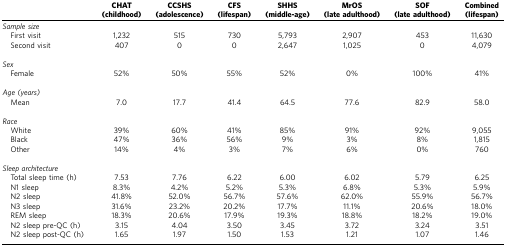
<table><thead><tr><td><b> </b></td><td><b>CHAT (childhood)</b></td><td><b>CCSHS (adolescence)</b></td><td><b>CFS (lifespan)</b></td><td><b>SHHS (middle-age)</b></td><td><b>MrOS (late adulthood)</b></td><td><b>SOF (late adulthood)</b></td><td><b>Combined (lifespan)</b></td></tr></thead><tbody><tr><td colspan="8"><i>Sample size</i></td></tr><tr><td> First visit</td><td>1,232</td><td>515</td><td>730</td><td>5,793</td><td>2,907</td><td>453</td><td>11,630</td></tr><tr><td> Second visit</td><td>407</td><td>0</td><td>0</td><td>2,647</td><td>1,025</td><td>0</td><td>4,079</td></tr><tr><td> </td><td> </td><td> </td><td> </td><td> </td><td> </td><td> </td><td> </td></tr><tr><td colspan="8"><i>Sex</i></td></tr><tr><td> Female</td><td>52%</td><td>50%</td><td>55%</td><td>52%</td><td>0%</td><td>100%</td><td>41%</td></tr><tr><td> </td><td> </td><td> </td><td> </td><td> </td><td> </td><td> </td><td> </td></tr><tr><td colspan="8"><i>Age (years)</i></td></tr><tr><td> Mean</td><td>7.0</td><td>17.7</td><td>41.4</td><td>64.5</td><td>77.6</td><td>82.9</td><td>58.0</td></tr><tr><td> </td><td> </td><td> </td><td> </td><td> </td><td> </td><td> </td><td> </td></tr><tr><td colspan="8"><i>Race</i></td></tr><tr><td> White</td><td>39%</td><td>60%</td><td>41%</td><td>85%</td><td>91%</td><td>92%</td><td>9,055</td></tr><tr><td> Black</td><td>47%</td><td>36%</td><td>56%</td><td>9%</td><td>3%</td><td>8%</td><td>1,815</td></tr><tr><td> Other</td><td>14%</td><td>4%</td><td>3%</td><td>7%</td><td>6%</td><td>0%</td><td>760</td></tr><tr><td> </td><td> </td><td> </td><td> </td><td> </td><td> </td><td> </td><td> </td></tr><tr><td colspan="8"><i>Sleep architecture</i></td></tr><tr><td> Total sleep time (h)</td><td>7.53</td><td>7.76</td><td>6.22</td><td>6.00</td><td>6.02</td><td>5.79</td><td>6.25</td></tr><tr><td> N1 sleep</td><td>8.3%</td><td>4.2%</td><td>5.2%</td><td>5.3%</td><td>6.8%</td><td>5.3%</td><td>5.9%</td></tr><tr><td> N2 sleep</td><td>41.8%</td><td>52.0%</td><td>56.7%</td><td>57.6%</td><td>62.0%</td><td>55.9%</td><td>56.7%</td></tr><tr><td> N3 sleep</td><td>31.6%</td><td>23.2%</td><td>20.2%</td><td>17.7%</td><td>11.1%</td><td>20.6%</td><td>18.0%</td></tr><tr><td> REM sleep</td><td>18.3%</td><td>20.6%</td><td>17.9%</td><td>19.3%</td><td>18.8%</td><td>18.2%</td><td>19.0%</td></tr><tr><td> N2 sleep pre-QC (h)</td><td>3.15</td><td>4.04</td><td>3.50</td><td>3.45</td><td>3.72</td><td>3.24</td><td>3.51</td></tr><tr><td> N2 sleep post-QC (h)</td><td>1.65</td><td>1.97</td><td>1.50</td><td>1.53</td><td>1.21</td><td>1.07</td><td>1.46</td></tr></tbody></table>